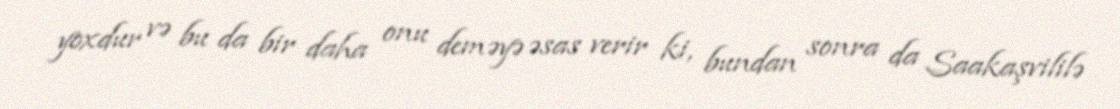
yoxdur və bu da bir daha onu deməyə əsas verir ki, bundan sonra da Saakaşvililə